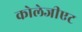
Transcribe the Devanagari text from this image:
कोलेजीएट